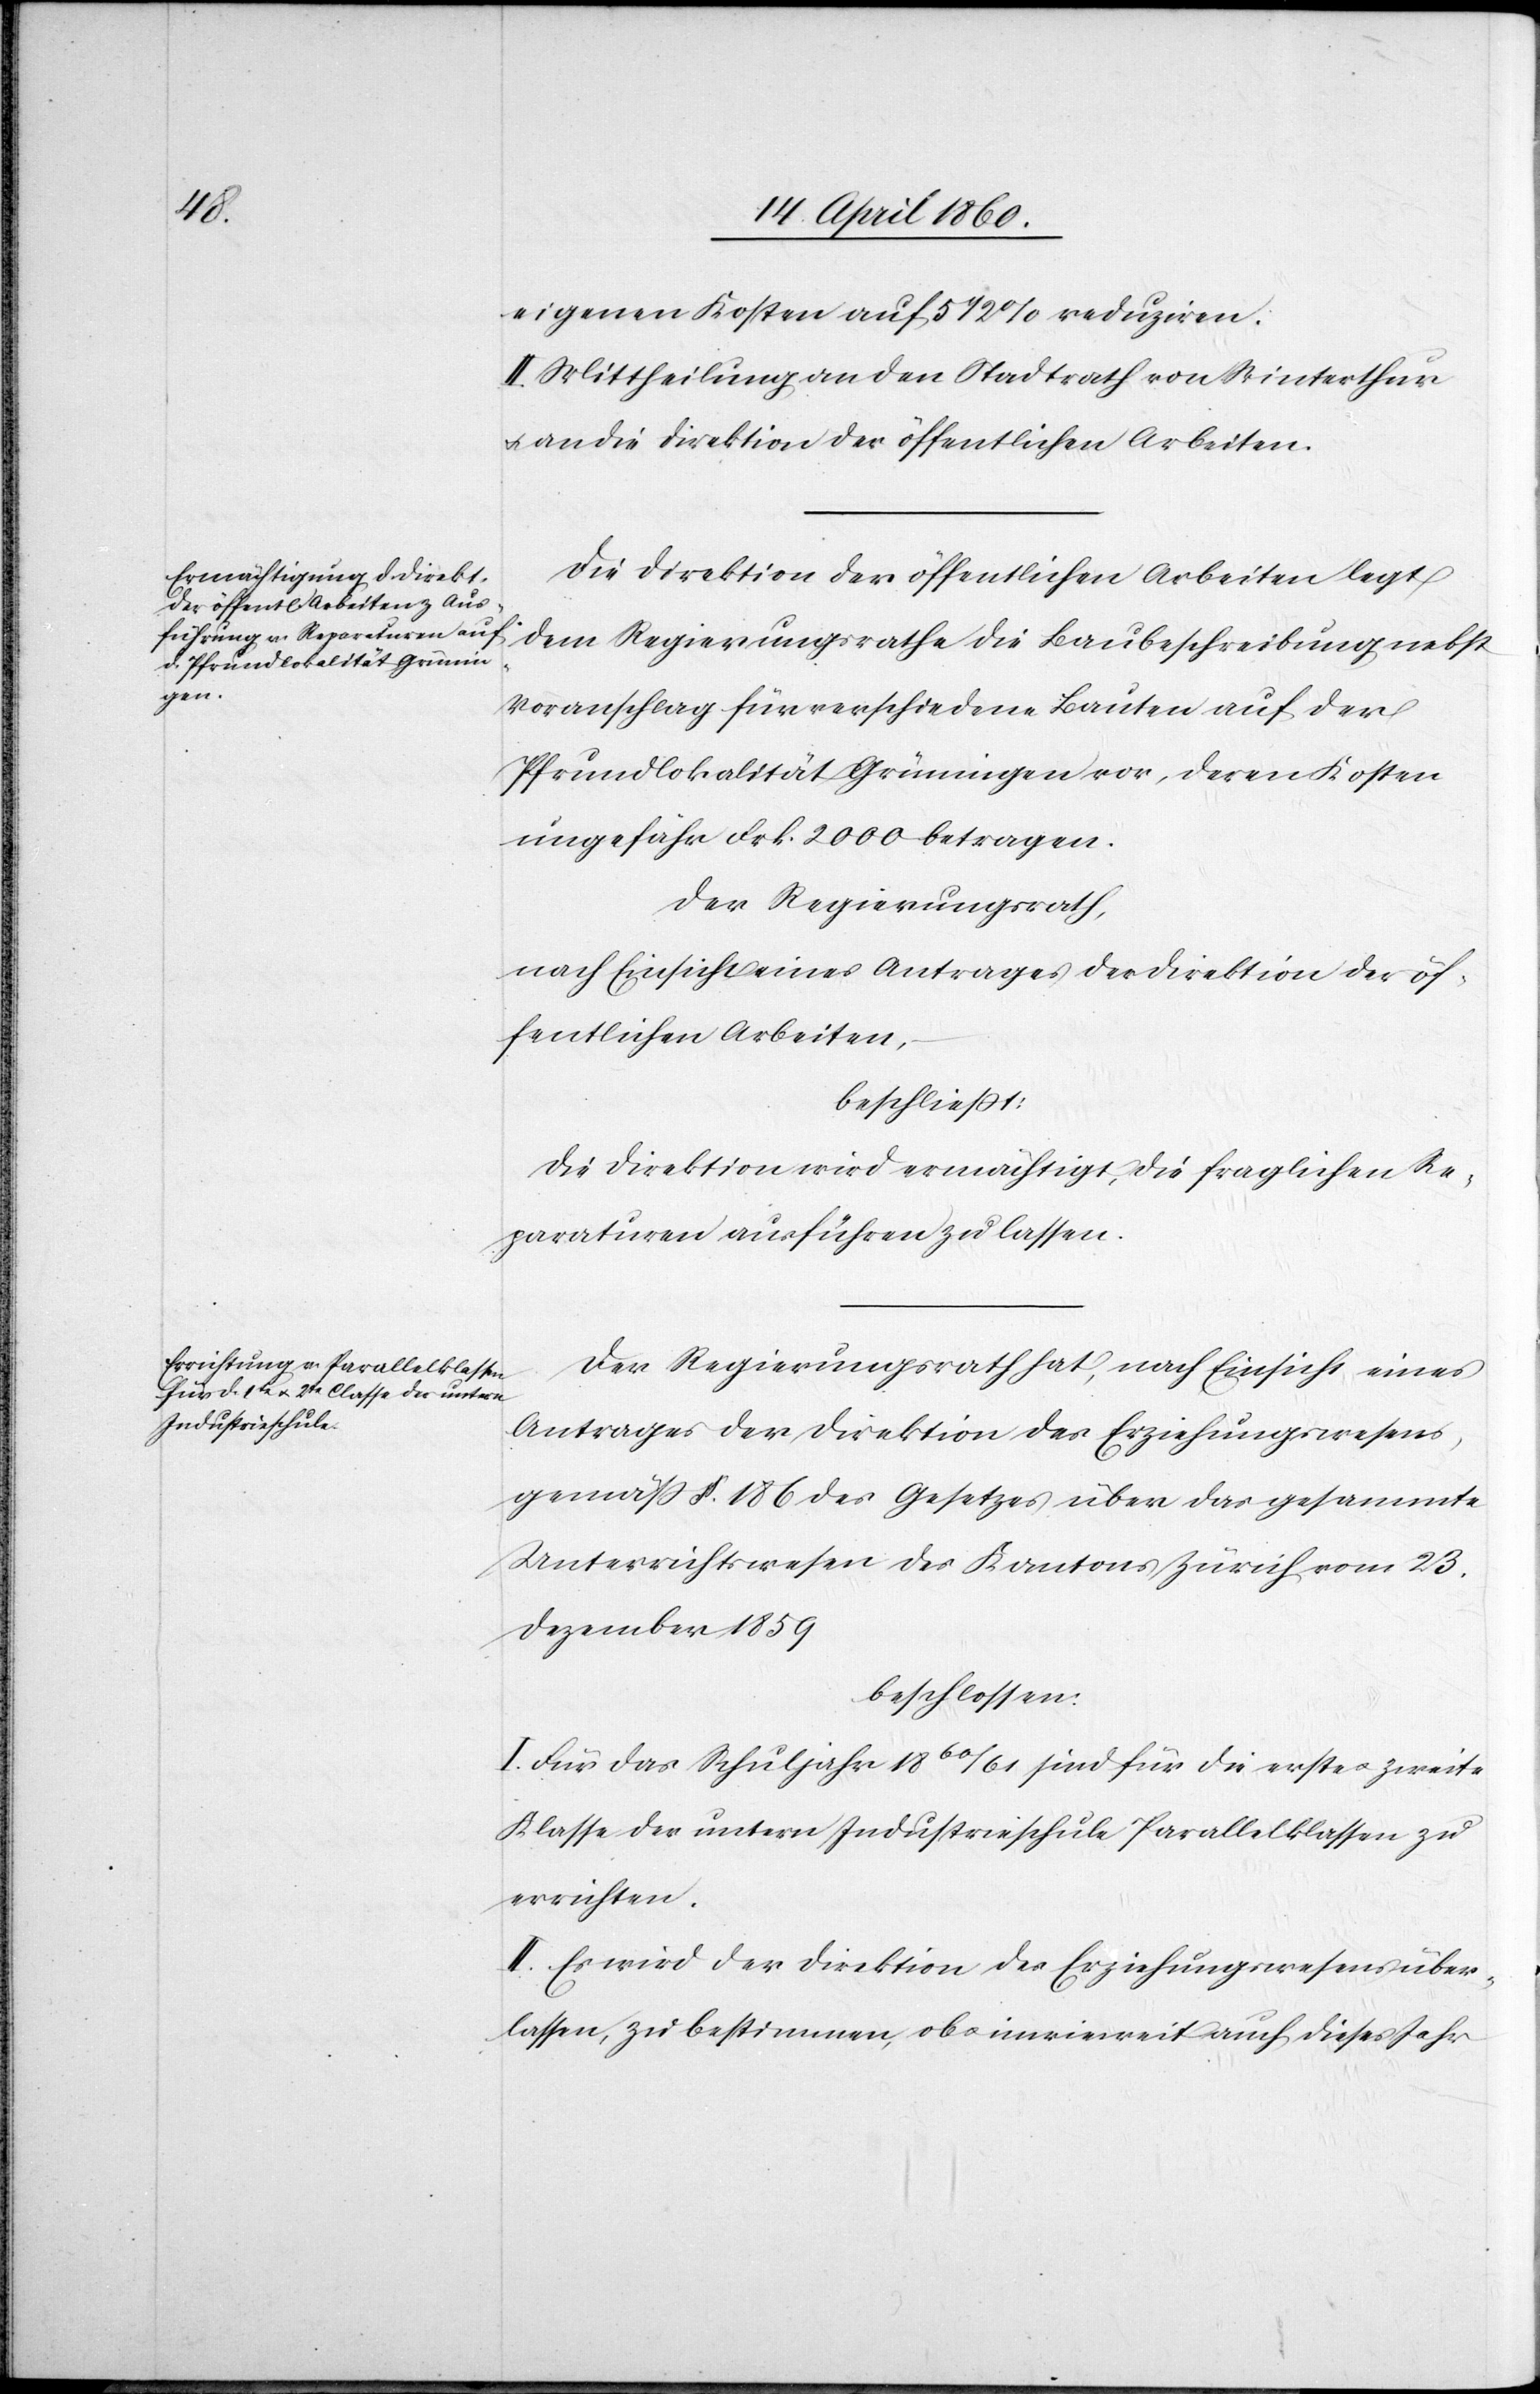
eigenen Kosten auf 5 1/2% reduziren.
II. Mittheilung an den Stadtrath von Winterthur
u. an die Direktion der öffentlichen Arbeiten.
Die Direktion der öffentlichen Arbeiten legt
dem Regierungsrathe die Baubeschreibung nebst
Voranschlag für verschiedene Bauten auf der
Pfrundlokalität Grüningen vor, deren Kosten
ungefähr Frk. 2000 betragen.
Der Regierungsrath,
nach Einsicht eines Antrages der Direktion der öf¬
fentlichen Arbeiten,
beschliesst:
Die Direktion wird ermächtigt, die fraglichen Re¬
paraturen ausführen zu lassen.
Der Regierungsrath hat, nach Einsicht eines
Antrages der Direktion des Erziehungswesens,
gemäss §. 186. des Gesetzes über das gesammte
Unterrichtswesen des Kantons Zürich vom 23.
Dezember 1859
beschlossen:
I. Für das Schuljahr 1860/61 sind für die erste u. zweite
Klasse der untern Industrieschule Parallelklassen zu
errichten.
II. Es wird der Direktion des Erziehungswesens über¬
lassen, zu bestimmen, ob u. inwieweit auch dieses Jahr